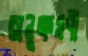
অনুক্রমণী